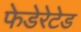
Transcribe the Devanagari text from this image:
फेडेरेटेड